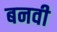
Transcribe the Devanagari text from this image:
बनवी